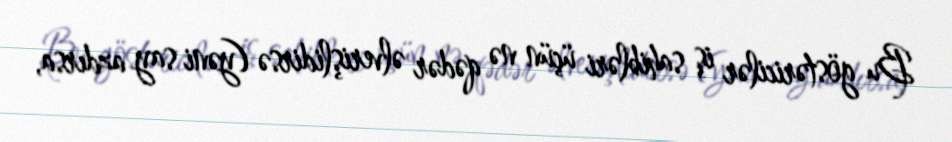
Bu göstəricilər iş sahibləri üçün nə qədər əlverişlidirsə (yəni say azdırsa,